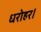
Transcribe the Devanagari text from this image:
धरोहर।